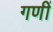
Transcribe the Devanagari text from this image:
गणीं